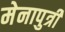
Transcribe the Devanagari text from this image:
मेनापुत्री